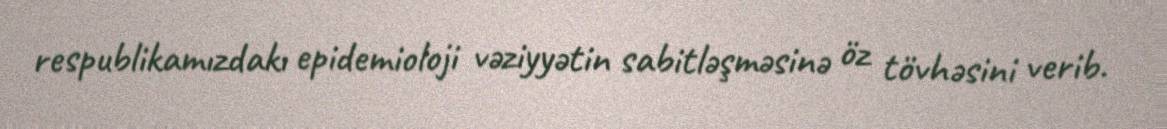
respublikamızdakı epidemioloji vəziyyətin sabitləşməsinə öz tövhəsini verib.